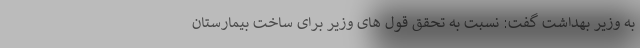
به وزیر بهداشت گفت: نسبت به تحقق قول های وزیر برای ساخت بیمارستان